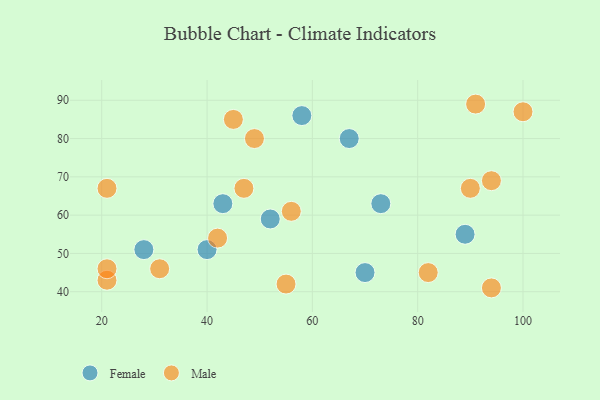
{"axis": {"x": "GDP", "y": "Life Expectancy"}, "legend": ["Female", "Male"], "data": [{"x": "52", "y": 59, "type": "Female"}, {"x": "89", "y": 55, "type": "Female"}, {"x": "40", "y": 51, "type": "Female"}, {"x": "73", "y": 63, "type": "Female"}, {"x": "43", "y": 63, "type": "Female"}, {"x": "58", "y": 86, "type": "Female"}, {"x": "67", "y": 80, "type": "Female"}, {"x": "70", "y": 45, "type": "Female"}, {"x": "28", "y": 51, "type": "Female"}, {"x": "47", "y": 67, "type": "Male"}, {"x": "45", "y": 85, "type": "Male"}, {"x": "31", "y": 46, "type": "Male"}, {"x": "21", "y": 43, "type": "Male"}, {"x": "82", "y": 45, "type": "Male"}, {"x": "100", "y": 87, "type": "Male"}, {"x": "42", "y": 54, "type": "Male"}, {"x": "94", "y": 69, "type": "Male"}, {"x": "21", "y": 46, "type": "Male"}, {"x": "91", "y": 89, "type": "Male"}, {"x": "21", "y": 67, "type": "Male"}, {"x": "94", "y": 41, "type": "Male"}, {"x": "49", "y": 80, "type": "Male"}, {"x": "90", "y": 67, "type": "Male"}, {"x": "55", "y": 42, "type": "Male"}, {"x": "56", "y": 61, "type": "Male"}]}